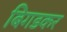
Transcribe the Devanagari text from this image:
बिगडकर